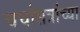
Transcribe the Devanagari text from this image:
चर्चासत्रांच्या